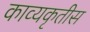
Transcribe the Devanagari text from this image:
काव्यकृतीस